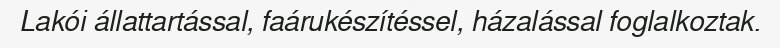
Lakói állattartással, faárukészítéssel, házalással foglalkoztak.